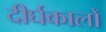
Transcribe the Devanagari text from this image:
दीर्घकालों